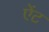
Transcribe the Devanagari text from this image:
ऐंट